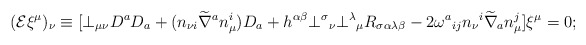
\begin{align*}({\cal E} \xi^{\mu})_{\nu} \equiv [ \bot_{\mu\nu} D^{a} D_{a}+ (n_{\nu i} \widetilde{\nabla}^{a} n^{i}_{\mu}) D_{a} +h^{\alpha\beta} \bot^{\sigma}{_{\nu}} \bot^{\lambda}{_{\mu}}R_{\sigma\alpha\lambda\beta} - 2 \omega^{a}{_{ij}} n_{\nu}{^{i}}\widetilde{\nabla}_{a} n^{j}_{\mu} ] \xi^{\mu} = 0;\end{align*}